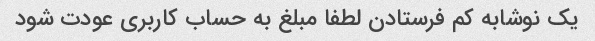
یک نوشابه کم فرستادن لطفا مبلغ به حساب کاربری عودت شود